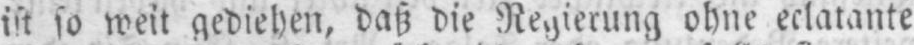
so weit gediehen, daß die Regierung ohne eclatante